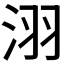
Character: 𣴆